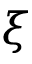
\xi